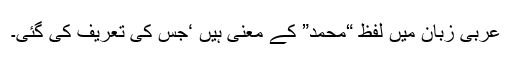
عربی زبان میں لفظ “محمد” کے معنی ہیں ‘جس کی تعریف کی گئی۔